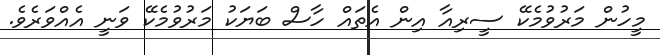
މީހުން މަރުވުމެކޭ ސީރިއާ އިން އެތައް ހާސް ބަޔަކު މަރުވުމެކޭ ވަނީ އެއްވަރެވެ.